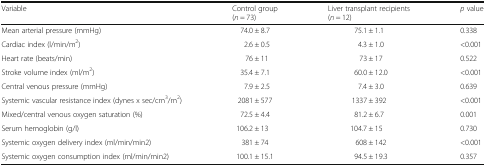
| Variable | Control group(n = 73) | Liver transplant recipients(n = 12) | p value |
 | --- | --- | --- | --- |
 | Mean arterial pressure (mmHg) | 74.0 ± 8.7 | 75.1 ± 1.1 | 0.338 |
 | Cardiac index (l/min/m2) | 2.6 ± 0.5 | 4.3 ± 1.0 | <0.001 |
 | Heart rate (beats/min) | 76 ± 11 | 73 ± 17 | 0.522 |
 | Stroke volume index (ml/m2) | 35.4 ± 7.1 | 60.0 ± 12.0 | <0.001 |
 | Central venous pressure (mmHg) | 7.9 ± 2.5 | 7.4 ± 3.0 | 0.639 |
 | Systemic vascular resistance index (dynes x sec/cm3/m2) | 2081 ± 577 | 1337 ± 392 | <0.001 |
 | Mixed/central venous oxygen saturation (%) | 72.5 ± 4.4 | 81.2 ± 6.7 | 0.001 |
 | Serum hemoglobin (g/l) | 106.2 ± 13 | 104.7 ± 15 | 0.730 |
 | Systemic oxygen delivery index (ml/min/min2) | 381 ± 74 | 608 ± 142 | <0.001 |
 | Systemic oxygen consumption index (ml/min/min2) | 100.1 ± 15.1 | 94.5 ± 19.3 | 0.357 |